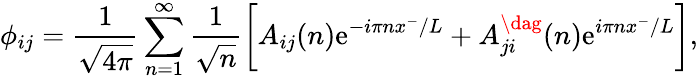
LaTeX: \phi_{ij}=\frac{1}{\sqrt{4\pi}}\sum_{n=1}^{\infty}\frac{1}{\sqrt{n}}\bigg[A_{ij}(n)\mathrm{e}^{-i\pi nx^{-}/L}+A_{ji}^{\dag}(n)\mathrm{e}^{i\pi nx^{-}/L}\bigg],